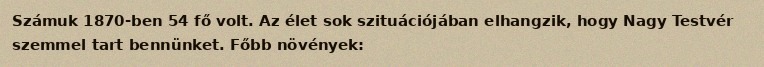
Számuk 1870-ben 54 fő volt. Az élet sok szituációjában elhangzik, hogy Nagy Testvér szemmel tart bennünket. Főbb növények: